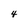
Character: 4